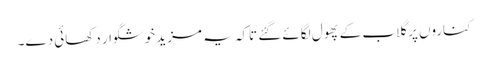
کناروں پر گلاب کے پھول لگائے گئے تاکہ یہ مزید خوشگوار دکھائی دے۔